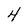
Character: 4